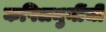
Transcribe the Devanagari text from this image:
कपिलमुनींची